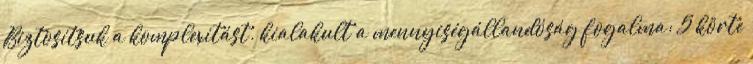
Biztosítsuk a komplexitást. kialakult a mennyiségállandóság fogalma: 5 körte